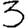
Digit: 3